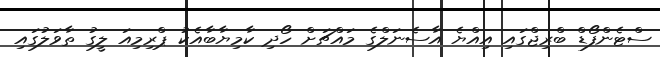
ސްޓެންފޯޑް ބްރިޖްގައި އިއްޔެ އާސެނަލްގެ މައްޗަށް ހޯދި ކާމިޔާބާއެކު ޕްރިމިއަ ލީގު ތާވަލުގައި